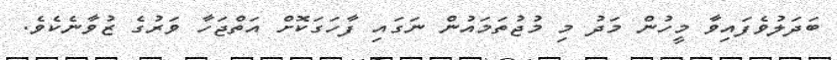
ބަދަލުވެފައިވާ މީހުން މަދު މި މުޖުތަމައުން ނަގައި ފާހަގަކޮށް އަތްޖަހާ ވަރުގެ ޒުވާނެކެވެ.